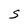
Character: S